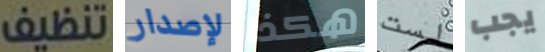
تنظيف لإصدار هكذا لست يجب